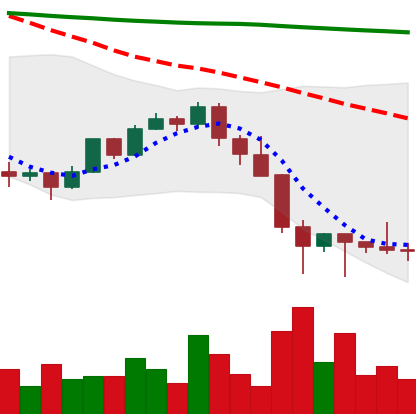
Ticker: LTC-USD
Chart end date: 2022-01-27
Forward return: 7.899%
Label: up_7plus